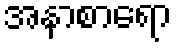
အနာစာရော